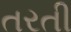
તરતી